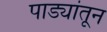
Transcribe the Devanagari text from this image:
पाड्यांतून